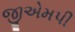
જીએમપી